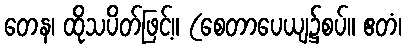
တေန၊ ထိုသပိတ်ဖြင့်။ (စေတာပေယျ၌စပ်။ ဧတံ၊